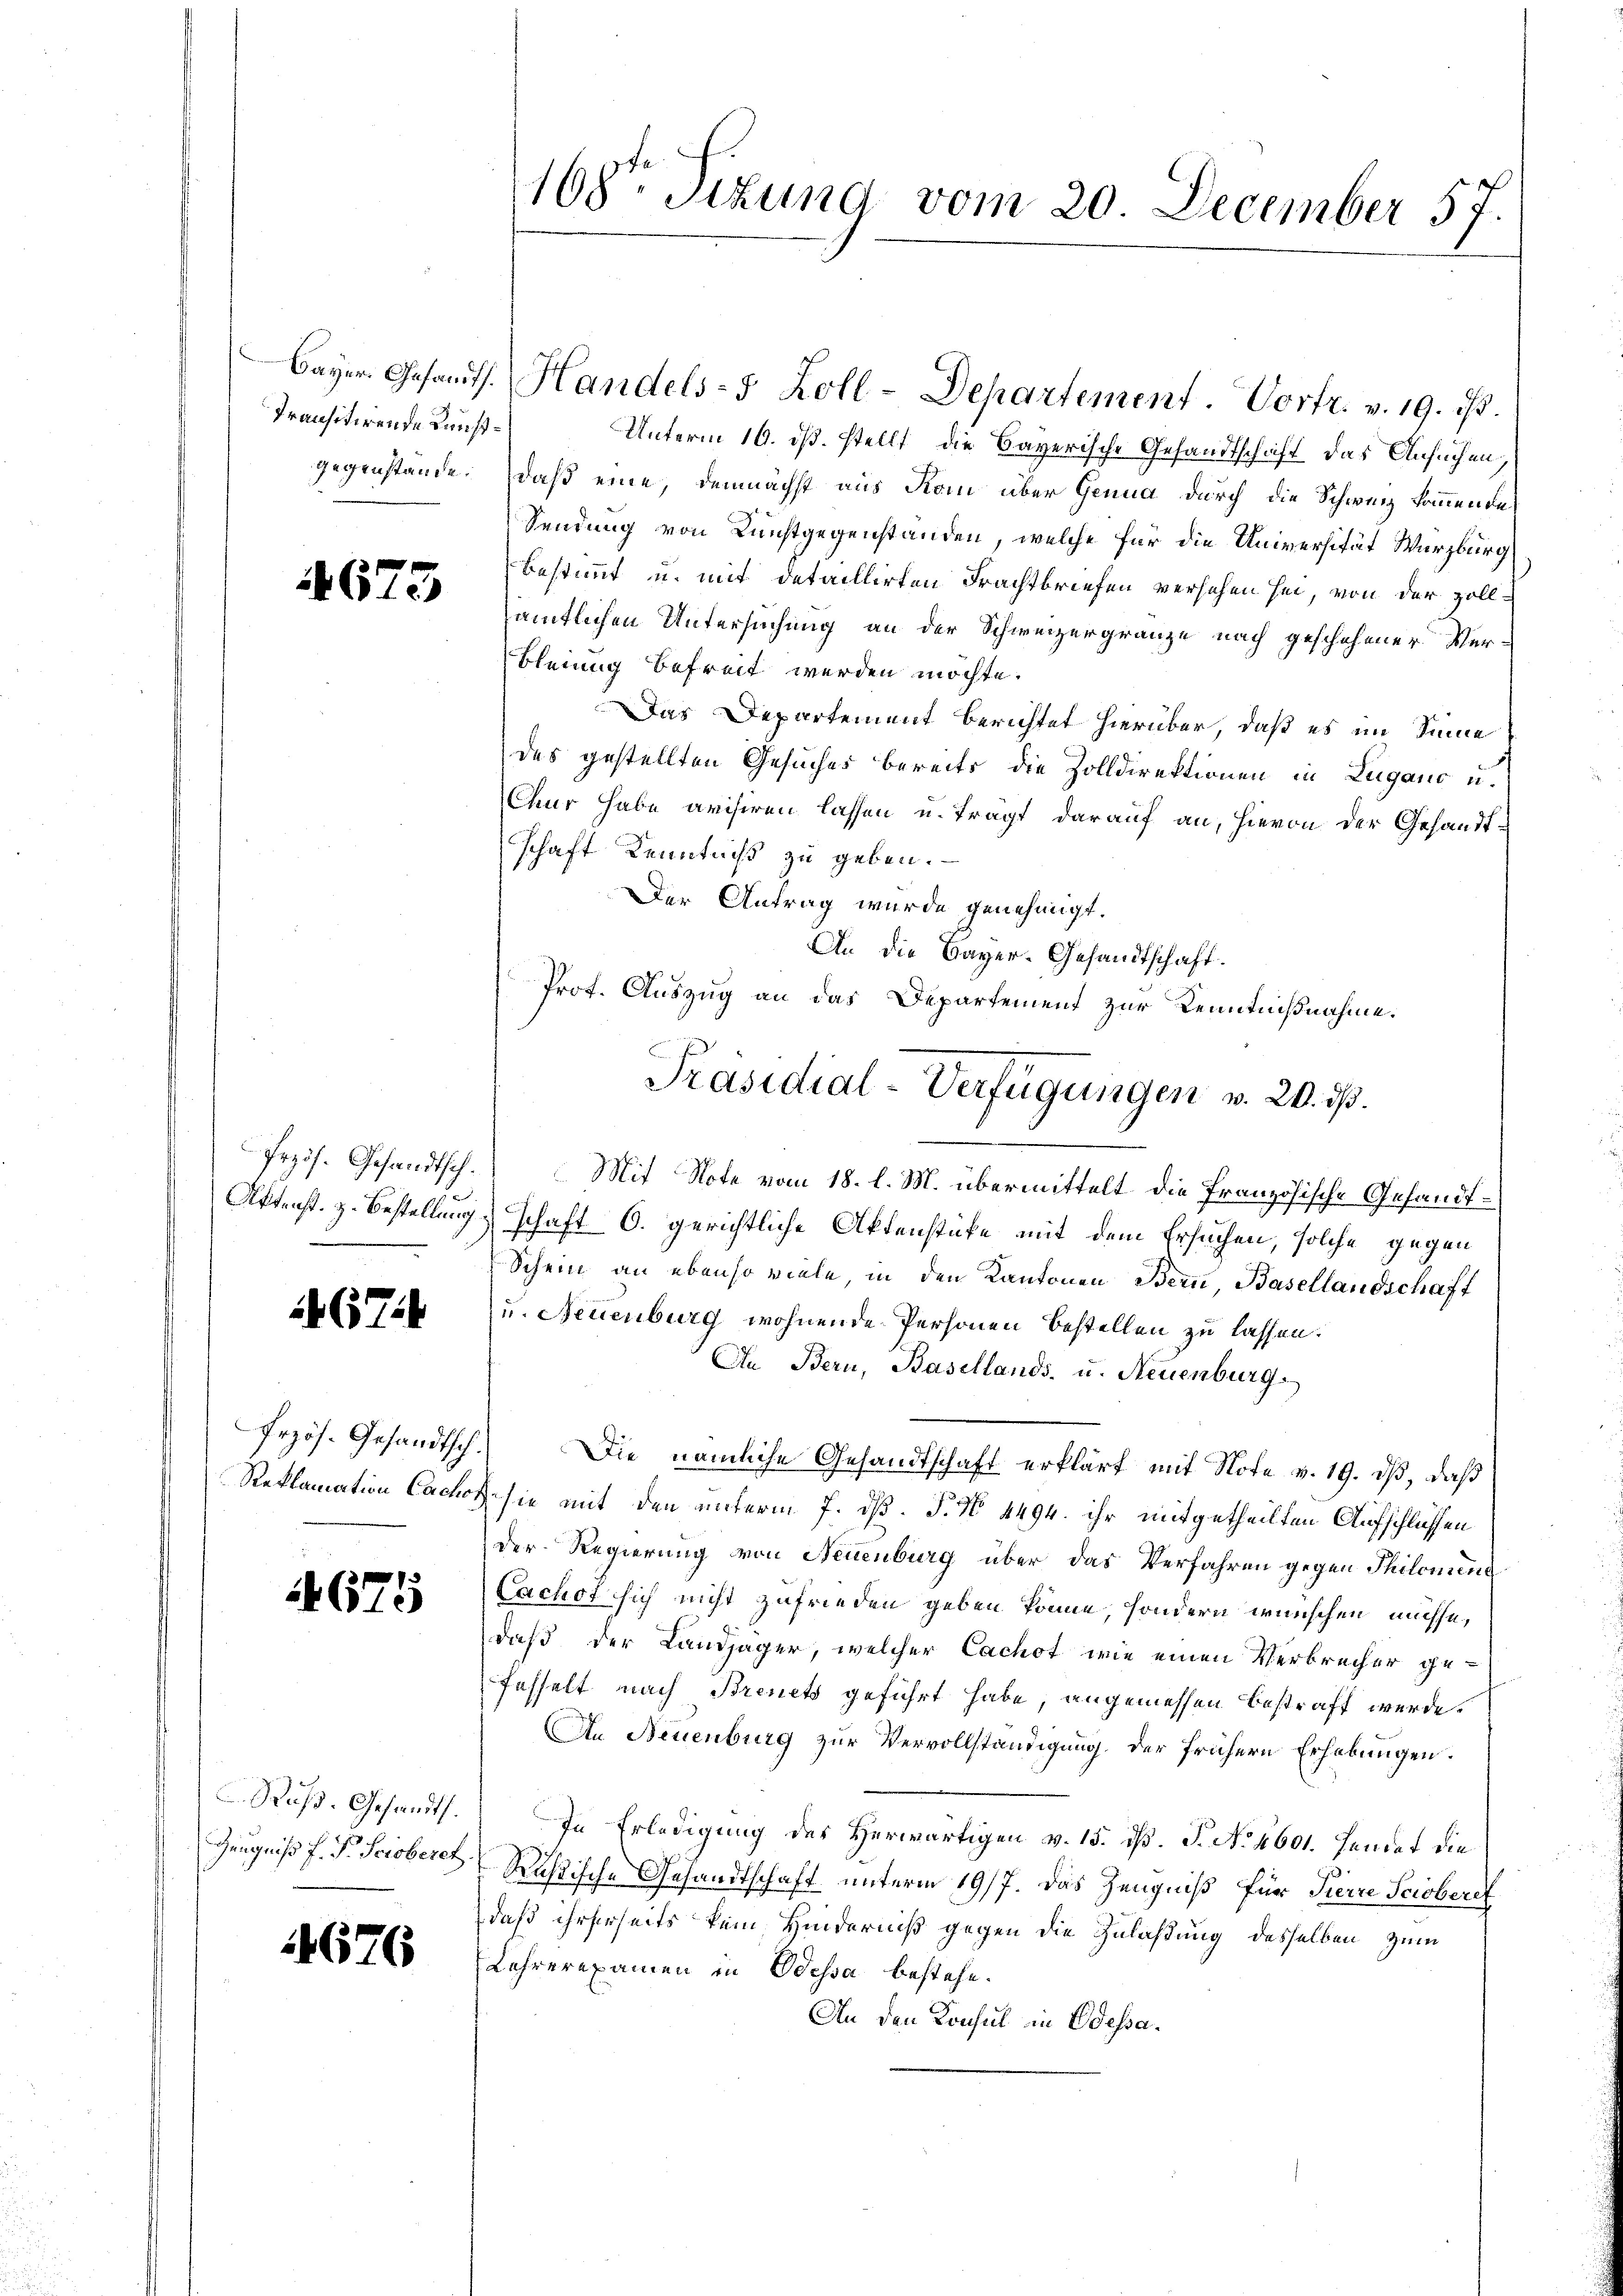
Transitirende Kunst¬

4675

674

Przös. Gesandtsch.

4675

Zeugniß f. P. Scioberet

4676

Unterm 16. ds. stellt, die Bayerische Gesandtschaft das Ansuchen
gegenstände. Daß eine, demnächst aus Rom über Genua durch die Schweiz kommende
Sendung von Kunstgegenstanden, welche für die Universität Würzburg
bestimmt u. mit detaillirten Frachtbriefen versehen sei, von der Zollamtlichen Untersuchung an der Schweizergränze nach geschehener Ver¬
Bleinig befreit werden möchte.
Das Departement berichtet hierüber, daß es im Sinne
des gestellten Gesuches bereits die Zolldirektionen in Lugano u.
Chur habe avisiren lassen u. tragt darauf an, hievon der Gesandtschaft Kenntniß zu geben.
Der Antrag wurde genehmigt.
An die Bayer-Gesandtschaft.
Przis. Gesandtsch. Mit Note vom 18. l. M. übermittelt die Französische Gesandt¬
Aktenst. z. Bestellung schaft 6. gerichtliche Aktenstücke mit dem Ersuchen, solche gegen
Schein an ebenso viele, in den Kantonen Bern, Basellandschaft
u. Neuenburg wohnende Personen bestellen zu lassen.
An Bern, Basellands- u. Neuenburg.
Die nämliche Gesandtschaft erklärt mit Note v. 19. dβ, daß
Reklamation Cachof sie mit den unterm 7. dß. P. No 4494. ihr mitgetheilten Aufschlüssen
der Regierung von Neuenburg über das Verfahren gegen Philomina
Cachet sich nicht zufrieden geben könne, sondern wünschen müsse,
daß der Landjäger, welcher Cachot wie einen Verbrecher gefasselt nach Brenets geführt habe, angemessen bestraft werde.
An Neuenburg zur Vervollständigung. Der frühern Erhebungen.
Ruß. Gesandt. In Erledigung des Herwärtigen v. 15. dß. P. No. 4601. Hendet die
Rußische Gesandtschaft unterm 19/7. Das Zeugniß für Pierre Scioberet
daß ihrerseits kein Hinderniß gegen die Zulaßung desselben zum
Lehrerexamen in Odessa bestehe.
An den Konsul in Odessa¬

168te Sitzung vom 20. December 57.

Bayer Gesandts. Handels- Holl-Departement. Vortr. v. 19. ist.

Prot. Auszug an das Departement zur Kenntnißnahme.
Präsidial-Verfügungen v. 20. d.